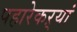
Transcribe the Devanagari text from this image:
पहारेकऱ्यां